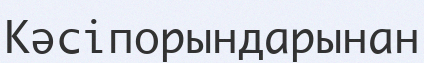
Кәсіпорындарынан